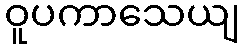
ဝူပကာသေယျ